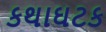
કથાઘટક